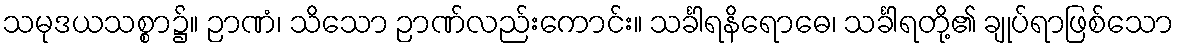
သမုဒယသစ္စာ၌။ ဉာဏံ၊ သိသော ဉာဏ်လည်းကောင်း။ သင်္ခါရနိရောဓေ၊ သင်္ခါရတို့၏ ချုပ်ရာဖြစ်သော